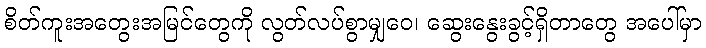
စိတ်ကူးအတွေးအမြင်တွေကို လွတ်လပ်စွာမျှဝေ၊ ဆွေးနွေးခွင့်ရှိတာတွေ အပေါ်မှာ